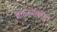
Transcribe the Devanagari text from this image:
भक्तजनांकरिता